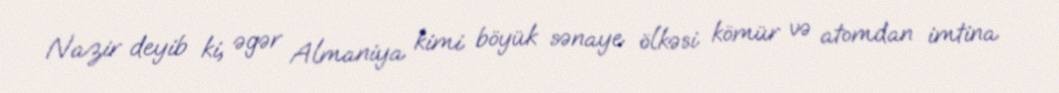
Nazir deyib ki, əgər Almaniya kimi böyük sənaye ölkəsi kömür və atomdan imtina